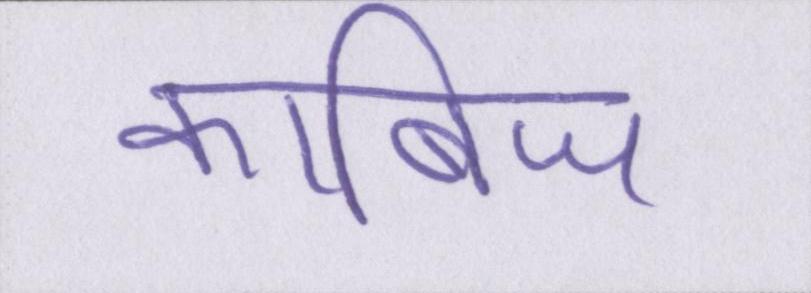
काबिज